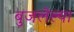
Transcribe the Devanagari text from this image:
बुजलेल्या